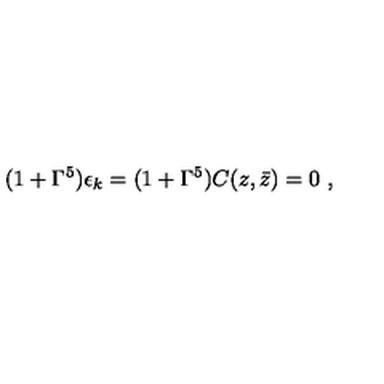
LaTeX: ( 1 + \Gamma ^ { 5 } ) \epsilon _ { k } = ( 1 + \Gamma ^ { 5 } ) C ( z , \bar { z } ) = 0 \ ,